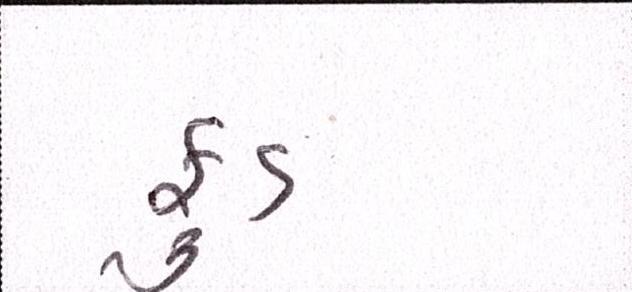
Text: ફુડ